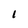
Character: I